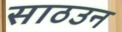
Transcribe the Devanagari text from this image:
साठउन